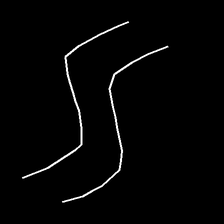
Glyph: float